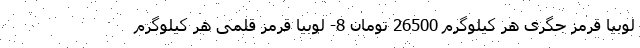
لوبیا قرمز جگری هر کیلوگرم 26500 تومان 8- لوبیا قرمز قلمی هر کیلوگرم